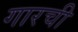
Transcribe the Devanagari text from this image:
गारची